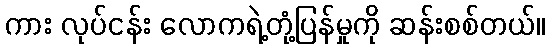
ကား လုပ်ငန်း လောကရဲ့တုံ့ပြန်မှုကို ဆန်းစစ်တယ်။